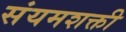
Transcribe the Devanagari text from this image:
संयमशक्ती